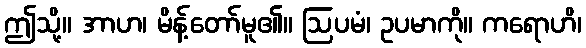
ဤသို့။ အာဟ၊ မိန့်တော်မူ၏။ ဩပမံ၊ ဥပမာကို။ ကရောဟိ၊